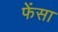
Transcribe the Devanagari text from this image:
फेंसा